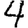
Digit: 4